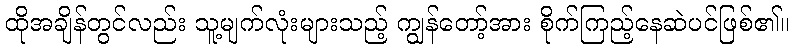
ထိုအချိန်တွင်လည်း သူ့မျက်လုံးများသည့် ကျွန်တော့်အား စိုက်ကြည့်နေဆဲပင်ဖြစ်၏။